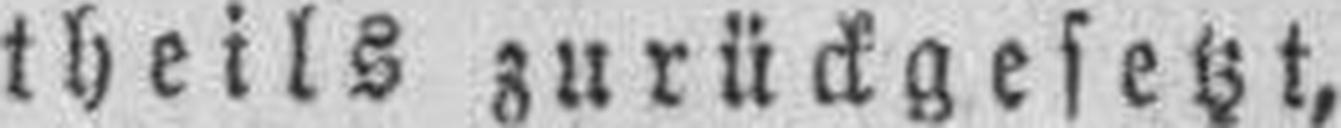
theils zurückgesetzt,